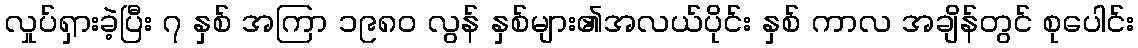
လှုပ်ရှားခဲ့ပြီး ၇ နှစ် အကြာ ၁၉၈၀ လွန် နှစ်များ၏အလယ်ပိုင်း နှစ် ကာလ အချိန်တွင် စုပေါင်း